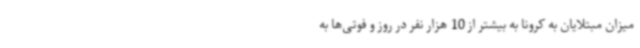
میزان مبتلایان به کرونا به بیشتر از 10 هزار نفر در روز و فوتی‌ها به